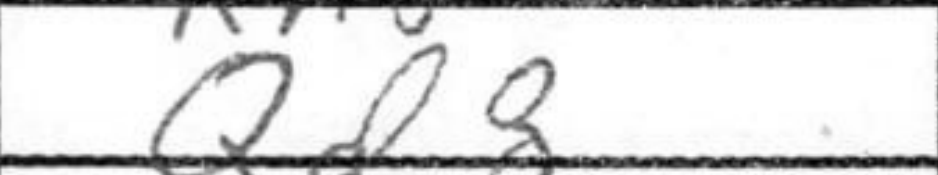
Transcription: Qd8